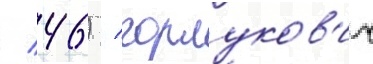
/ 46) / горлуков'ич